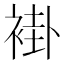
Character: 褂